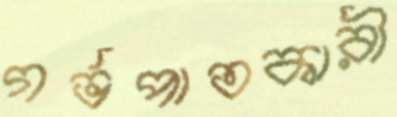
গর্ভপাতকারী